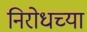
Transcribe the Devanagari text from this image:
निरोधच्या